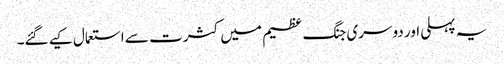
یہ پہلی اور دوسری جنگ عظیم میں کثرت سے استعمال کیے گئے۔